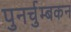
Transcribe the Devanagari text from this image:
पुनर्चुम्बकन